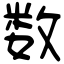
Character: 数